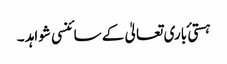
ہستی ٔ باری تعالیٰ کے سائنسی شواہد ۔